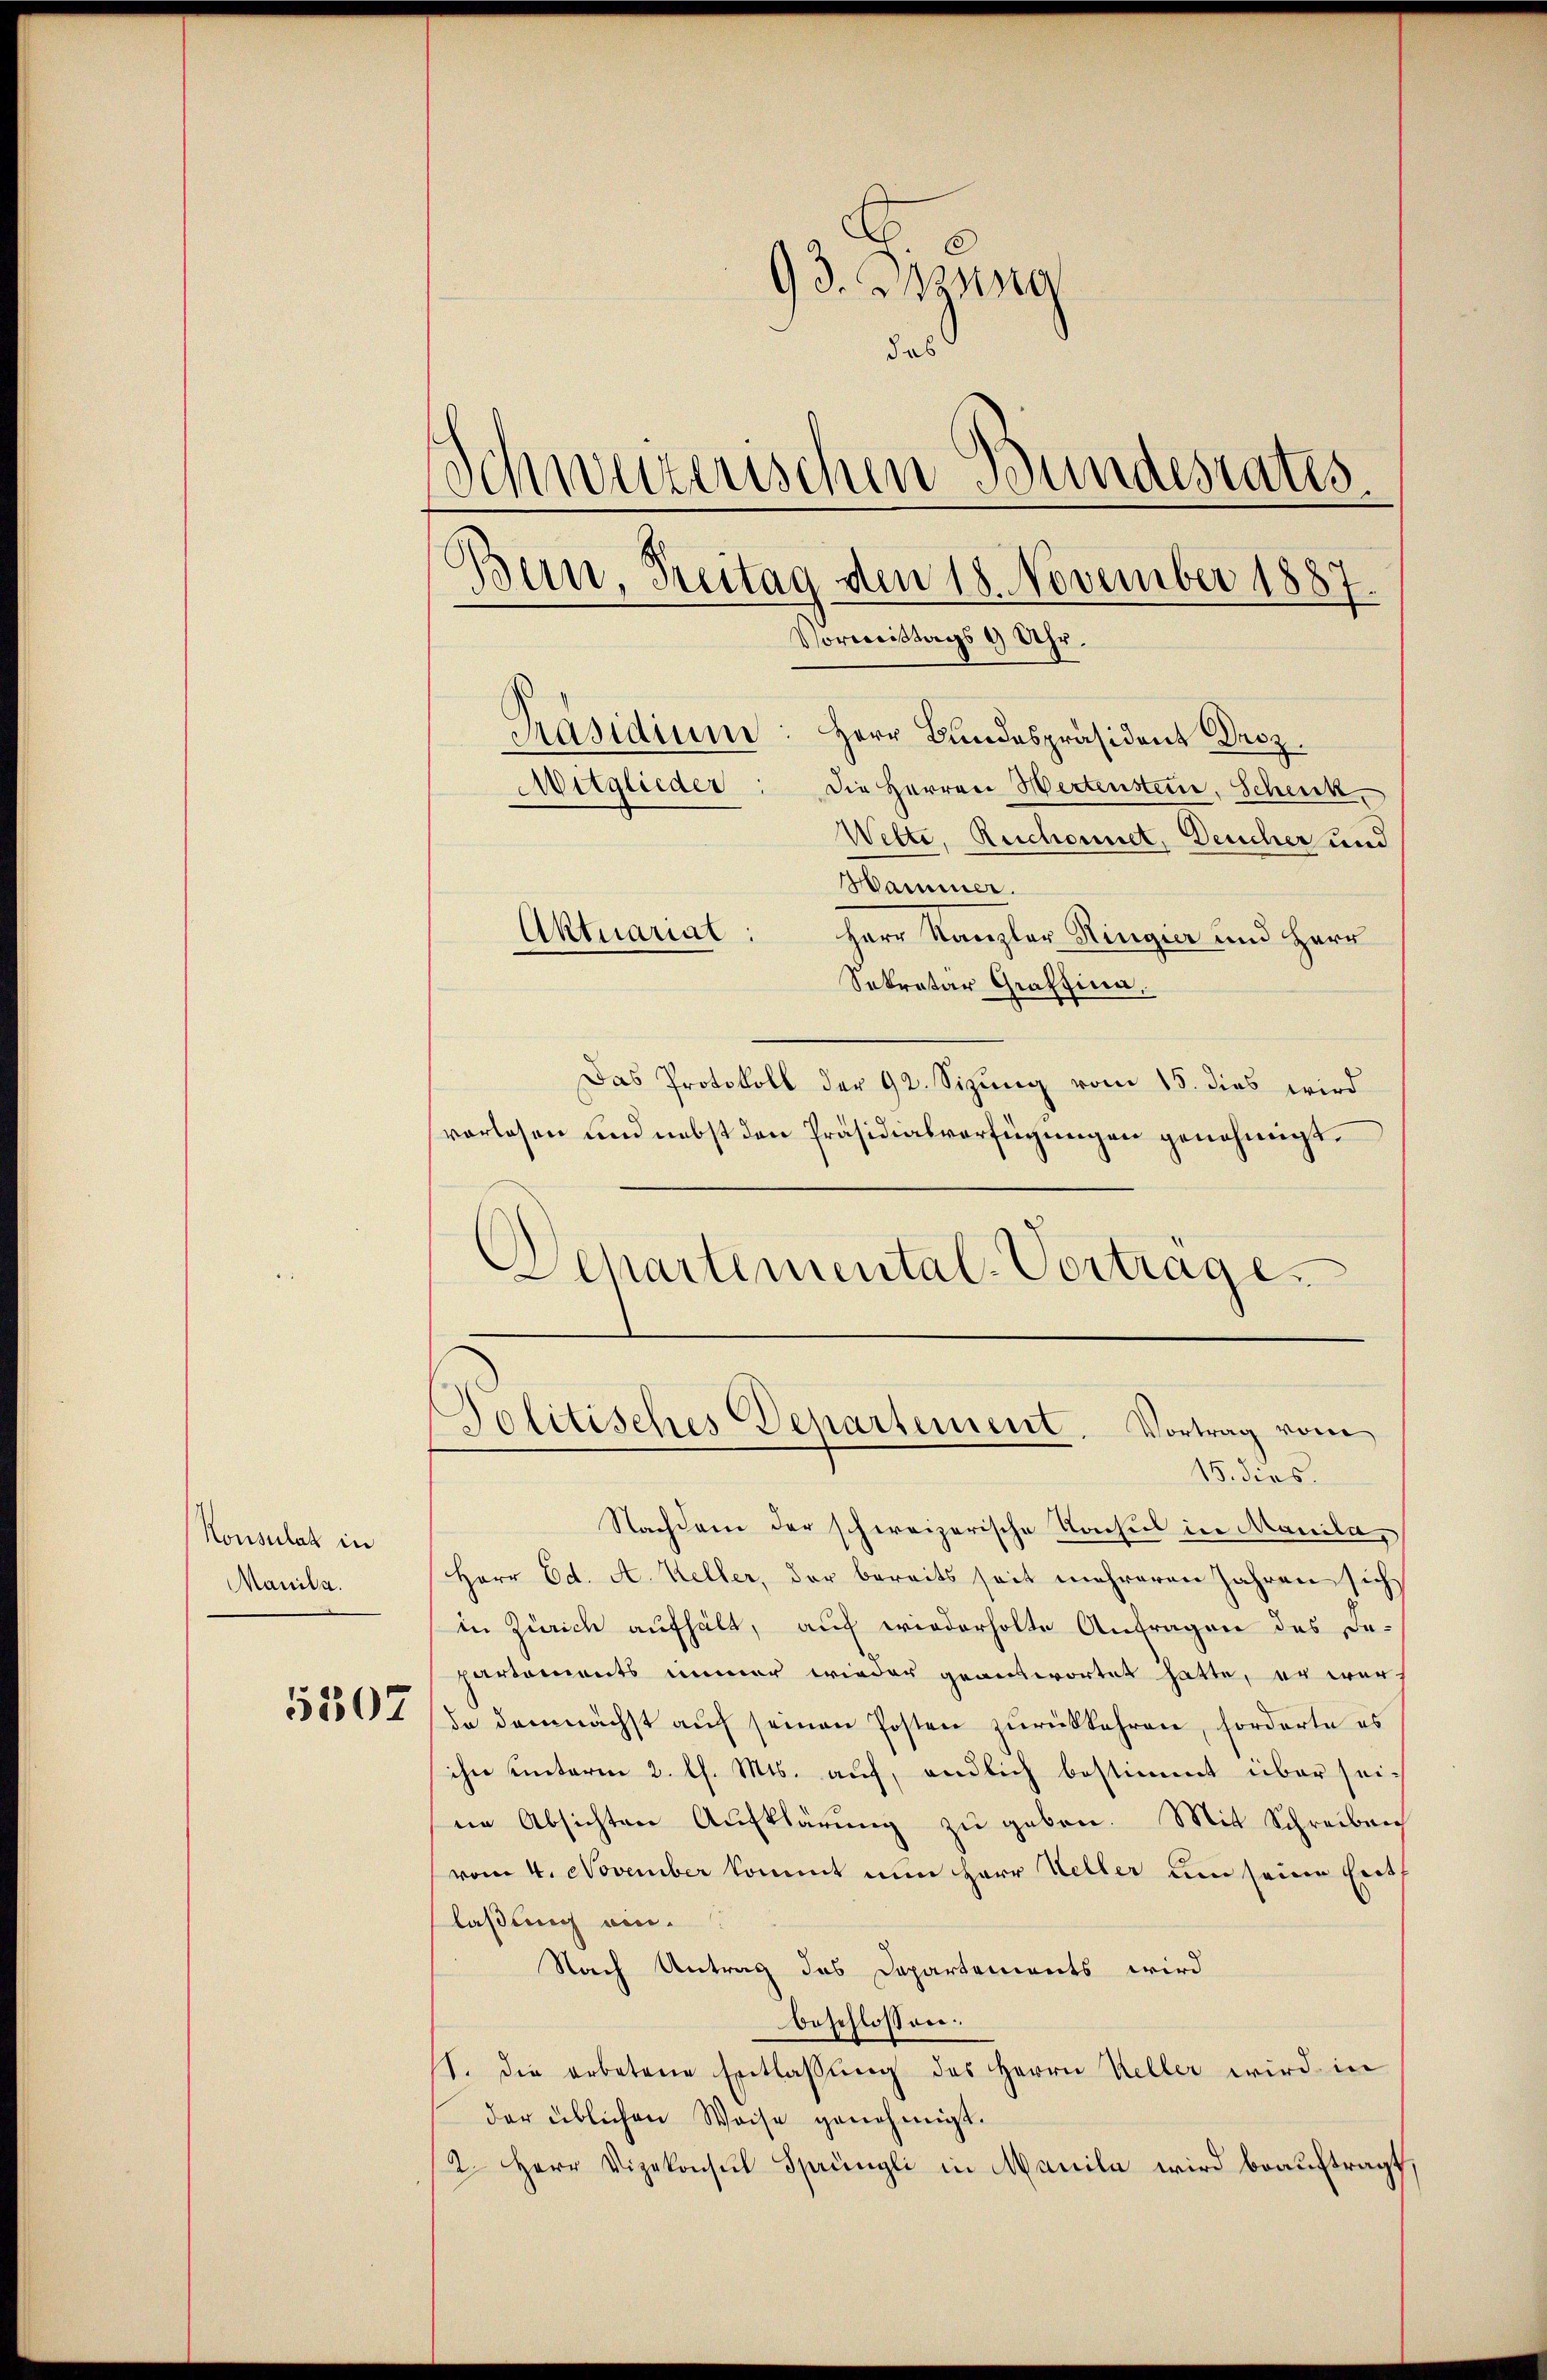
Konsulat in
Manila.

5307

93. Jung
das
Präsidium: Herr Bundespräsident Droz.
Mitglieder
Die Herren Hertenstein, Schick
Wette, Ruchonnet, Deucher und
Hammer.
Aktuariat
Herr Kanzler Ringier und Herr
Sekretar Graffina.

Das Protokoll der 92. Sizung vom 15. dies wird
vorlesen und nebst den Präsidialverfügungen genehmigt.
Departemental-Vortrage.

Schweizerischen Bundesrates.
Bun, Freitag den 18. November 1887.
Pormittags 9 Uhr.

Politisches Departement. Vortrag vom
15. dies.

Nachdem der schweizerische Kochus in Manila¬
Herr Ed. A. Keller, der bereits seit mehreren Jahren sich
in Zürich aufhält, auf wiederholte Anfragen des De-
partements immer wieder geantwortet hatte, er werde demnächst auf seinen Posten zurückkehren, forderte es
ihre hinterm 2. l. Mts. auf, endlich bestimmt über sei-
ne Absichten Aufklärung zu geben. Mit Schreiben
vom 4. November kommt nun Herr Weller um seine Erislaßung ein.
Nach Antrag des Dapartements wird
beschlossen.
1. die erbetene Entlassŭng des Herrn Keller wird in
der üblichen Weise genehmigt.
2. Herr Vizekonsul Sprüngli in Manila wird beauftragt,